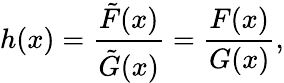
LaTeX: h(x)={\frac{\tilde{F}(x)}{\tilde{G}(x)}}={\frac{F(x)}{G(x)}},